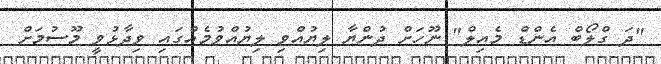
"ދަ ގްލޯބް އެންޑް މެއިލް" ނޫހަށް ދުންޔާ ލިޔުއްވި ލިޔުއްވުމެއްގައި ވިދާޅުވީ މޫސުމަށް